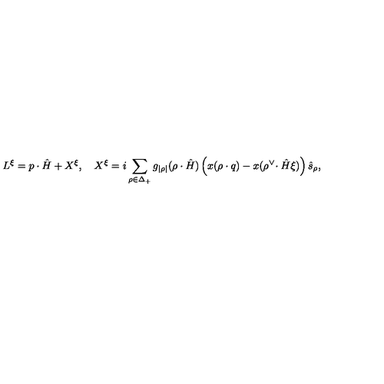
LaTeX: L ^ { \xi } = p \cdot \hat { H } + X ^ { \xi } , \quad X ^ { \xi } = i \sum _ { \rho \in \Delta _ { + } } g _ { | \rho | } ( \rho \cdot \hat { H } ) \left( x ( \rho \cdot q ) - x ( \rho ^ { \vee } \! \cdot \hat { H } \xi ) \right) \hat { s } _ { \rho } ,